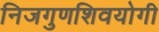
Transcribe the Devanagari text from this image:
निजगुणशिवयोगी